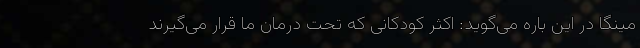
مینگا در این باره می‌گوید: اکثر کودکانی که تحت درمان ما قرار می‌گیرند